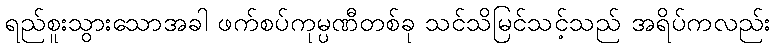
ရည်စူးသွားသောအခါ ဖက်စပ်ကုမ္ပဏီတစ်ခု သင်သိမြင်သင့်သည် အရိပ်ကလည်း